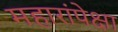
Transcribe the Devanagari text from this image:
महारांपेक्षा